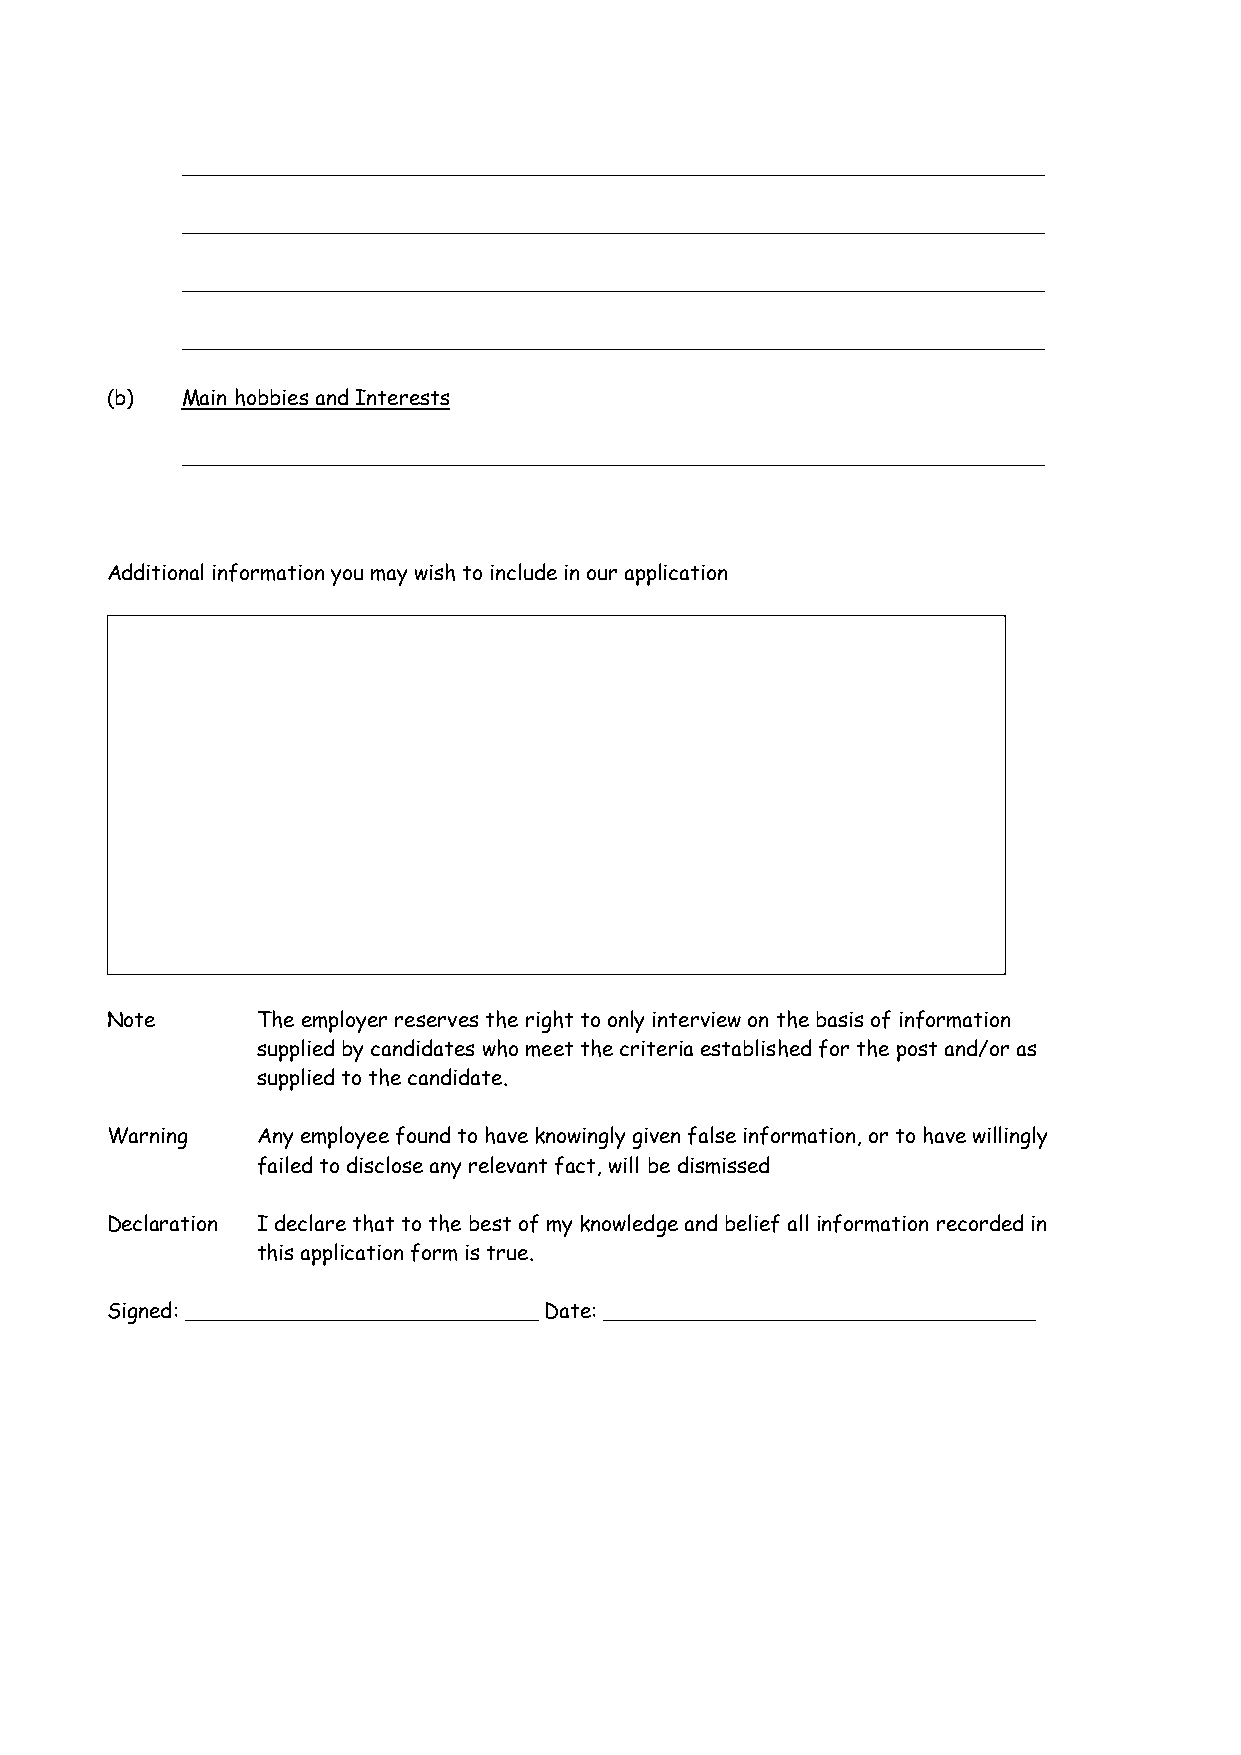
__________________________________________________________________
 __________________________________________________________________
 __________________________________________________________________
 __________________________________________________________________
 (b)  Main hobbies and Interests
 __________________________________________________________________
 Additional information you may wish to include in our application
 Note      The employer reserves the right to only interview on the basis of information
 supplied by candidates who meet the criteria established for the post and/or as
 supplied to the candidate.
 Warning   Any employee found to have knowingly given false information, or to have willingly
 failed to disclose any relevant fact, will be dismissed
 Declaration I declare that to the best of my knowledge and belief all information recorded in
 this application form is true.
 Signed: ___________________________ Date: _________________________________